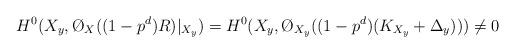
LaTeX: \begin{align*} H^0(X_{y},\O_X((1-p^d)R)|_{X_{y}})=H^0(X_{y},\O_{X_{y}}((1-p^{d})(K_{X_{y}}+\Delta_{y})))\ne0 \end{align*}